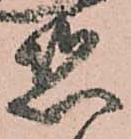
惑